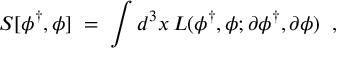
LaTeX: S [ \phi ^ { \dagger } , \phi ] \; = \; \int d ^ { 3 } x \, { \cal L } ( \phi ^ { \dagger } , \phi ; \partial \phi ^ { \dagger } , \partial \phi ) \; \; ,